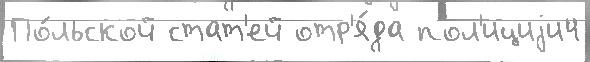
По́льской стат'ей отр'я́да пол'ициjи4